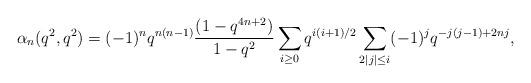
LaTeX: \begin{align*}\alpha_{n}(q^2,q^2)=(-1)^nq^{n(n-1)}\frac{(1-q^{4n+2})}{1-q^2}\sum_{i\ge0}q^{i(i+1)/2}\sum_{2|j|\le i}(-1)^jq^{-j(j-1)+2nj},\end{align*}